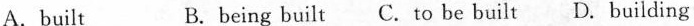
A. built B. being built C. to be built D. building